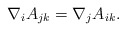
\begin{align*}\nabla_iA_{jk}=\nabla_jA_{ik}.\end{align*}